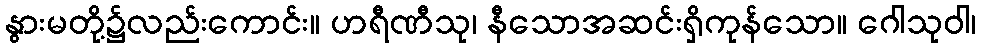
နွားမတို့၌လည်းကောင်း။ ဟရီဏီသု၊ နီသောအဆင်းရှိကုန်သော။ ဂေါသုဝါ၊